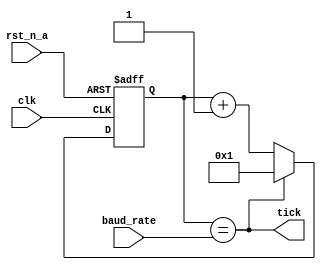

module UART_BaudRate_generator(
    input clk,
    input rst_n_a,
    input [15:0] baud_rate,
    output tick
);

    reg [15:0] baudRateReg;

    always @(posedge clk or negedge rst_n_a)
        if (!rst_n_a) baudRateReg <= 16'b1;
        else if (tick) baudRateReg <= 16'b1;
            else baudRateReg <= baudRateReg + 1'b1;

    assign tick = (baudRateReg == baud_rate);

endmodule